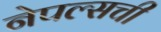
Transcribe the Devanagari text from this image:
नेपल्सची